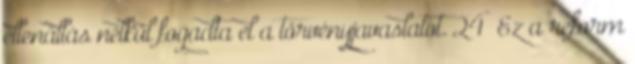
ellenállás nélkül fogadta el a törvényjavaslatot. 24 Ez a reform